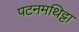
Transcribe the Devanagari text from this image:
पटनमथिट्टा